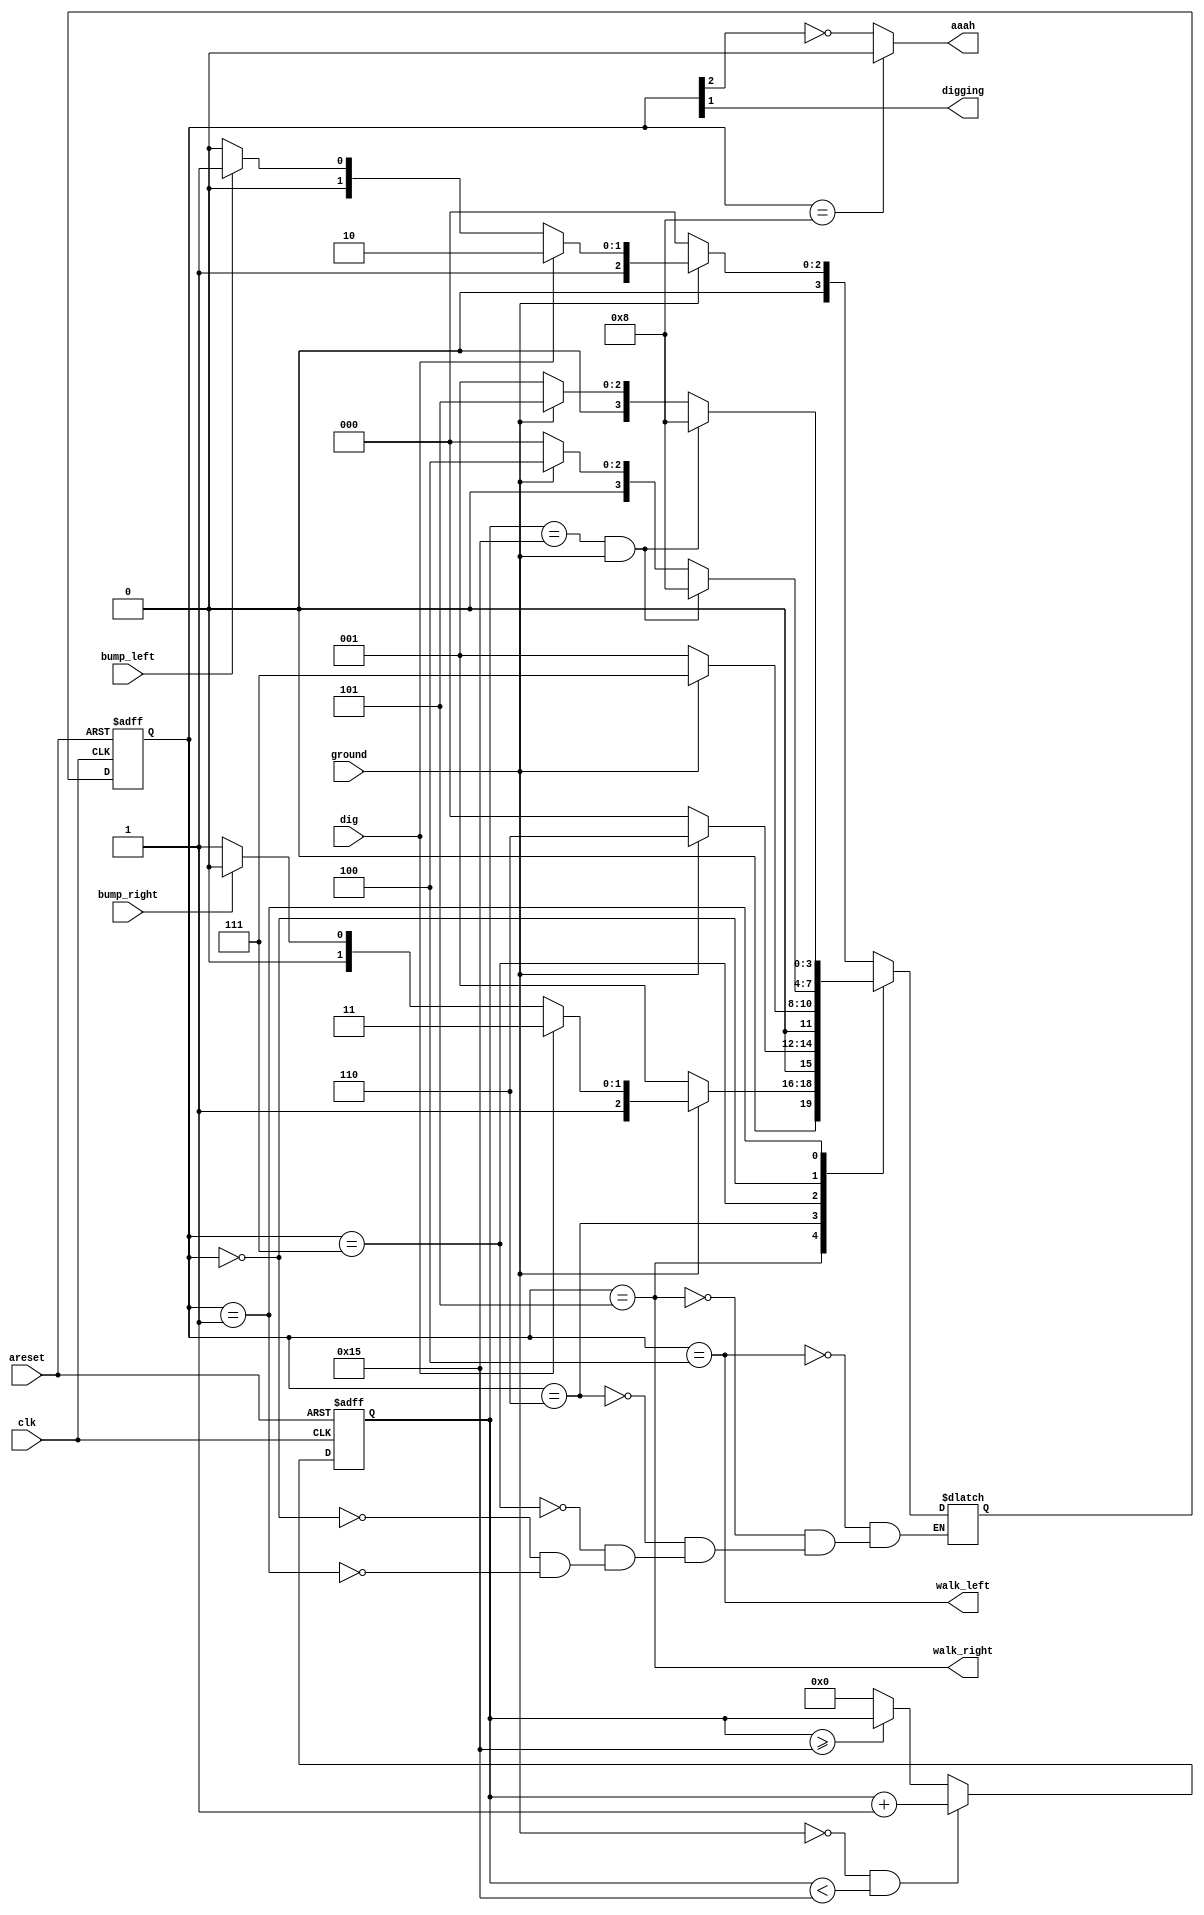
module top_module(
        input clk,
        input areset,    // Freshly brainwashed Lemmings walk left.
        input bump_left,
        input bump_right,
        input ground,
        input dig,
        output reg walk_left,
        output reg walk_right,
        output reg aaah,
        output reg digging );

    // ADD SPLAT JUDGE
    parameter LEFT = 4'b0100, DIG_L = 4'b0110, FALL_L = 4'b0000, RIGHT = 4'b0101, DIG_R = 4'b0111, FALL_R = 4'b0001, SPLAT = 4'b1000;
    reg [3:0] state, next_state; // 4 bit state machine
    reg [4:0] SPLAT_Cnt;

    always @(*) begin
        case(state)
            LEFT:
                next_state = (!ground) ? FALL_L : (dig ? DIG_L : (bump_left ? RIGHT : LEFT));
            RIGHT:
                next_state = (!ground) ? FALL_R : (dig ? DIG_R : (bump_right ? LEFT : RIGHT));
            DIG_L:
                next_state = (ground ? DIG_L : FALL_L);
            DIG_R:
                next_state = (ground ? DIG_R : FALL_R);
            FALL_L:
                next_state = (SPLAT_Cnt==5'd21 && ground)?SPLAT:(ground ? LEFT : FALL_L);
            FALL_R:
                next_state = (SPLAT_Cnt==5'd21 && ground)?SPLAT:(ground ? RIGHT : FALL_R);
            default:
            ;
        endcase
    end

    always @(posedge clk or posedge areset) begin
        if (areset) begin
            SPLAT_Cnt <= 5'd0;
            state <= LEFT;
        end
        else begin
            state <= next_state;

            if (!ground && SPLAT_Cnt < 5'd21)
                SPLAT_Cnt <= SPLAT_Cnt + 1;
            else if (SPLAT_Cnt >= 5'd21)
                SPLAT_Cnt <= SPLAT_Cnt ;
            else
                SPLAT_Cnt <= 5'd0;
        end
    end

    assign walk_left = (state == LEFT);
    assign walk_right = (state == RIGHT);
    assign aaah = (state==SPLAT)?0:(~state[2]);
    assign digging = state[1];

endmodule